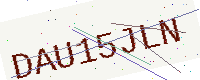
Text: DAU15JLN